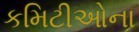
કમિટીઓના